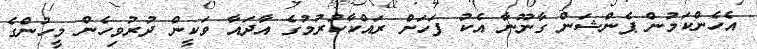
އެހެންކަމުން ޕެންޝަން ގާނޫނާ އެކު ފަހަށް ރައްކާކުރުމުގެ އާދައާ ވަކީން ދުރުވިހެން މީހުންގެ